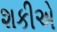
શકીએ